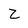
Character: Z